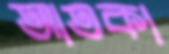
আতকা